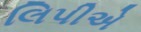
લિપીએ